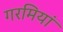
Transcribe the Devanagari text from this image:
गरमियां